Problem: 18 + 22 = ?
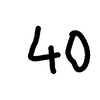
Handwritten answer: 40